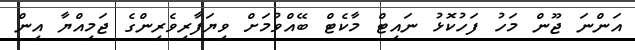
އަންނަ ޖޫން މަހު ފަހުކޮޅު ނައިޓް މާކެޓް ބޭއްވުމަށް ވިޔަފާރިވެރިންގެ ޖަމިއްޔާ އިން